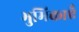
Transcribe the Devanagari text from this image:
भुमिकाएँ